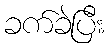
ခက်ခဲပြီး